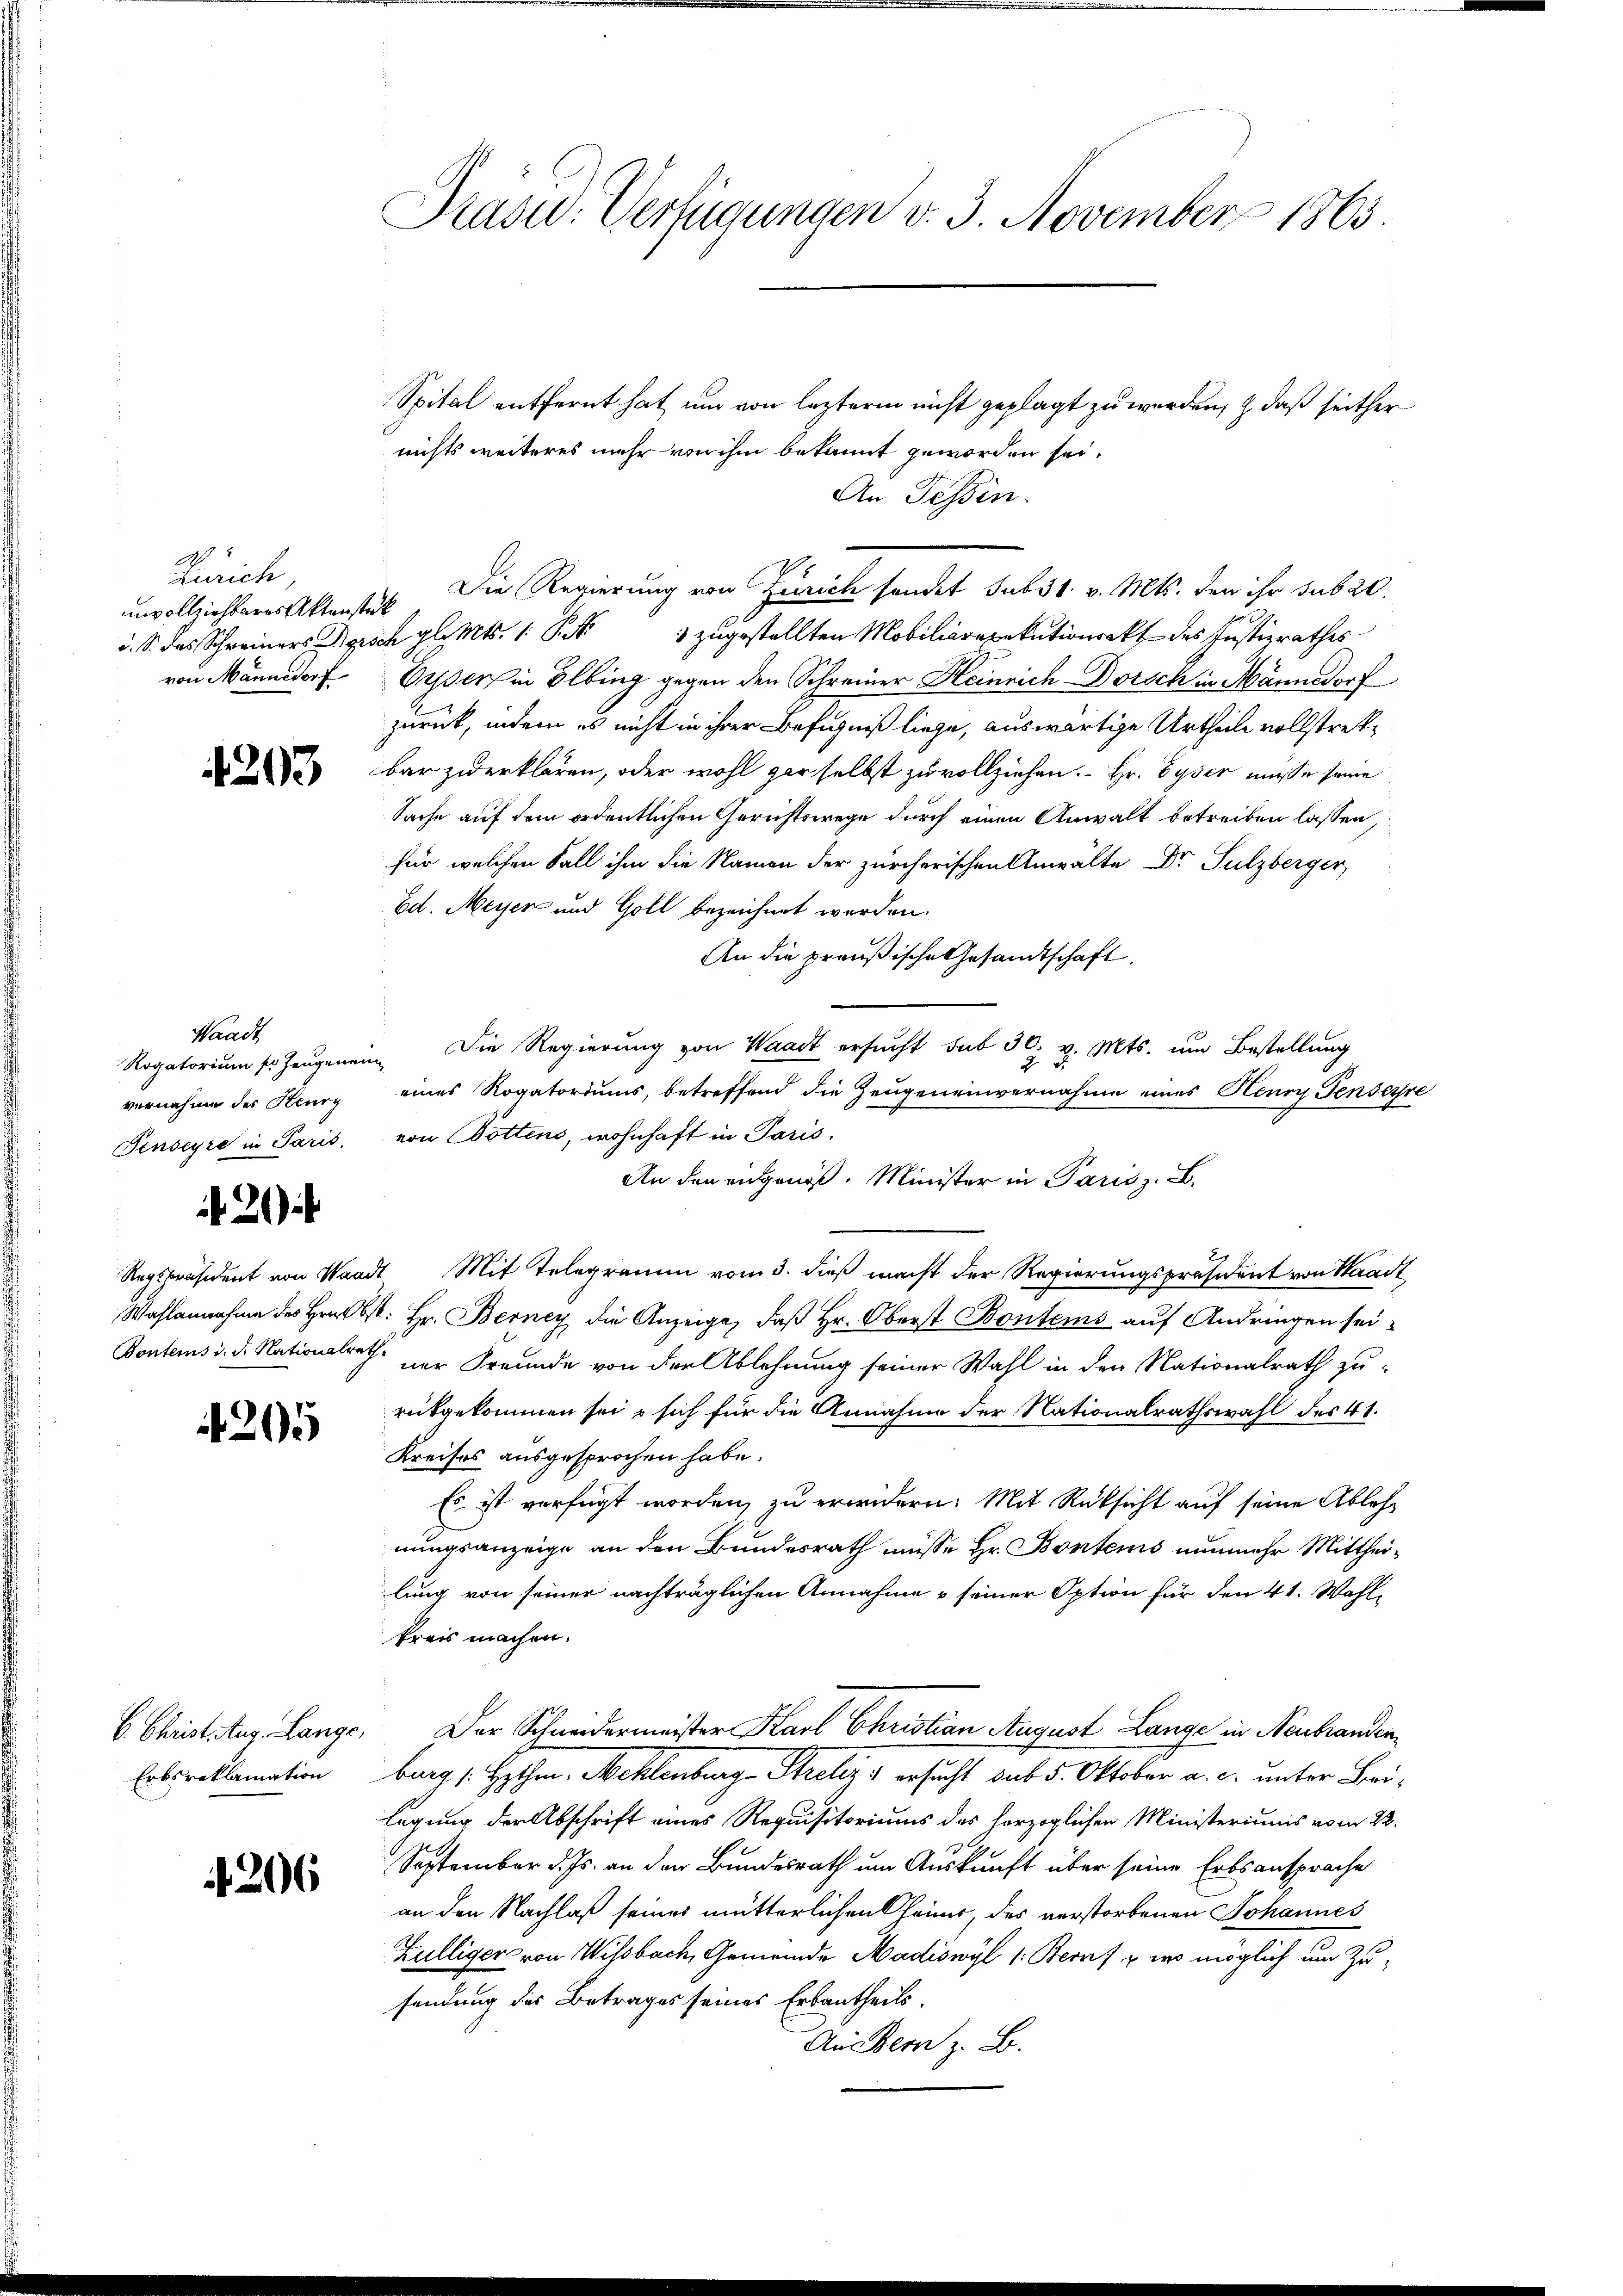
A
Zürich
unvollziehbares Aktenstück
von Mannsdorf

4203

Waadt
Rogatorium so zeugenen
vernahme der Kenny
Fenseyre in Paris,

20

4205

6. Christ Aug. Lange
Erbsreklamation

206

Präsid.: Verfügungen v. 3. November 1863

Spital entfernt hat, um von lezterm nicht geplagt zu werden, & daß seither
nichts weiteres mehr von ihm bekannt geworden sei.
An Tessin.
Die Regierung von Zürich sendet sub 31. v. Mts. den ihr sub 20.
d. S. das Schweiners Disch gl. Mts. S. 3 zugestellten Mobiliarexekutionsakt des Justizrathes
Gessers in Ölbing gegen den Schreiner Heinrich Dorsch in Männedorf
zurück, indem es nicht in ihrer Befugniß liege, auswärtige Urtheile vollstrekbar zuerklären, oder wohl gar selbst zu vollziehen. Hr. Gyser müsse seine
Sache auf dem ordentlichen Gerichtswege durch einen Anwalt betreiben lassen,
für welchen Fall ihm die Namen der zürcherischen Anwälte Dr. Sulzberger
Ed. Meyer und Goll bezeichnet worden.
An die preußische Gesandtschaft
i. Die Regierung von Waadt ersucht sub 30. v. Mts. um Bestellung
eines Rogatoriums, betreffend die Zeugeneinvernahme eines Henry Tensersre
von Bottens, wohnhaft in Paris.
An den eidgenöß. Minister in Paris z. B.
Regspräsident von Waadt Mit Telegramm vom 3. dieß macht der Regierungspräsident von Waadt
Wahlannahme des Hrn. Ost: Hr. Berney die Anzeige, daß Hr. Oberst Bontems auf Andringen sei¬
Pontems d. d. Nationalrath der Freunde von der Ablehnung seiner Wahl in den Nationalrath zurückgekommen sei & sich für die Annahme der Nationalrathswahl des 41.
Kreises ausgesprochen habe.
Es ist verfügt worden, zu erwidern. Mit Rücksicht auf seine Ablehnungsanzeige an den Bundesrath müsse Hr. Bontens nunmehr Mittheilung von seiner nachträglichen Annahme & seiner Option für den 41. Wahl-
kreis machen.
Der Schneidermeister Karl Christian August Lange in Neubrandenburg (Hythen. Mehlenburg - Strelig & ersucht sub 5. Oktober a. c. unter Beilegung der Abschrift eines Requisitoriums des herzoglichen Ministeriums vom 22.
September d. Js. an der Bundesrath um Auskunft über seine Erbsansprache
an den Nachlaß seines mütterlichen Chener, des verstorbenen Johannes
Zülliger von Wisbach, Gemeinde Madiswyl 1: Bern, & wo möglich um Zusendung des Betrages seines Erbautheils.
Aus Bern z. B.